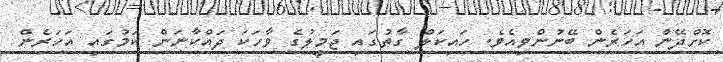
ކޮށްދޭން އަހަރެން ބޭނުންވިއެވެ. ހައިކަލް ގާތުގައި ޖަމީލުގެ ވާހަކަ ދައްކާނަން ކަމުގައި އަހަރެން